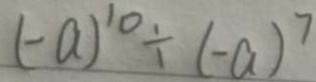
( - a ) ^ { 1 0 } \div ( - a ) ^ { 7 }